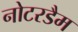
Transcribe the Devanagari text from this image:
नोटरडैम